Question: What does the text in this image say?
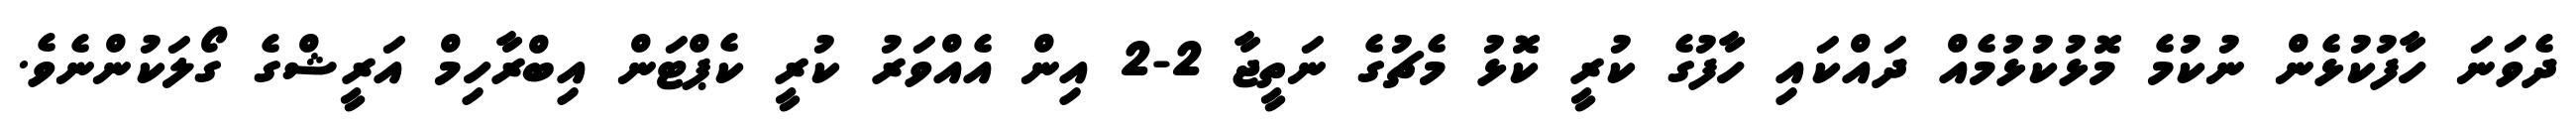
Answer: ދެވަނަ ހާފުކުޅެން ނުކުމެ މޮޅުކުޅުމެއް ދައްކައި ހާފުގެ ކުރީ ކޮޅު މެޗުގެ ނަތީޖާ 2-2 އިން އެއްވަރު ކުރީ ކެޕްޓަން އިބްރާހިމް އަރީޝްގެ ގޯލަކުންނެވެ.